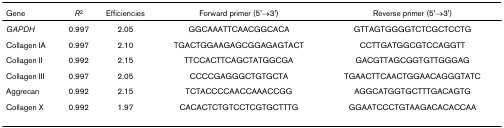
<table><thead><tr><td><b>Gene</b></td><td><b><i>R</i><sup>2</sup></b></td><td><b>Efficiencies</b></td><td><b>Forward primer (5&#x27;→3&#x27;)</b></td><td><b>Reverse primer (5&#x27;→3&#x27;)</b></td></tr></thead><tbody><tr><td><i>GAPDH</i></td><td>0.997</td><td>2.05</td><td>GGCAAATTCAACGGCACA</td><td>GTTAGTGGGGTCTCGCTCCTG</td></tr><tr><td>Collagen IA</td><td>0.997</td><td>2.10</td><td>TGACTGGAAGAGCGGAGAGTACT</td><td>CCTTGATGGCGTCCAGGTT</td></tr><tr><td>Collagen II</td><td>0.992</td><td>2.15</td><td>TTCCACTTCAGCTATGGCGA</td><td>GACGTTAGCGGTGTTGGGAG</td></tr><tr><td>Collagen III</td><td>0.997</td><td>2.05</td><td>CCCCGAGGGCTGTGCTA</td><td>TGAACTTCAACTGGAACAGGGTATC</td></tr><tr><td>Aggrecan</td><td>0.992</td><td>2.15</td><td>TCTACCCCAACCAAACCGG</td><td>AGGCATGGTGCTTTGACAGTG</td></tr><tr><td>Collagen X</td><td>0.992</td><td>1.97</td><td>CACACTCTGTCCTCGTGCTTTG</td><td>GGAATCCCTGTAAGACACACCAA</td></tr></tbody></table>